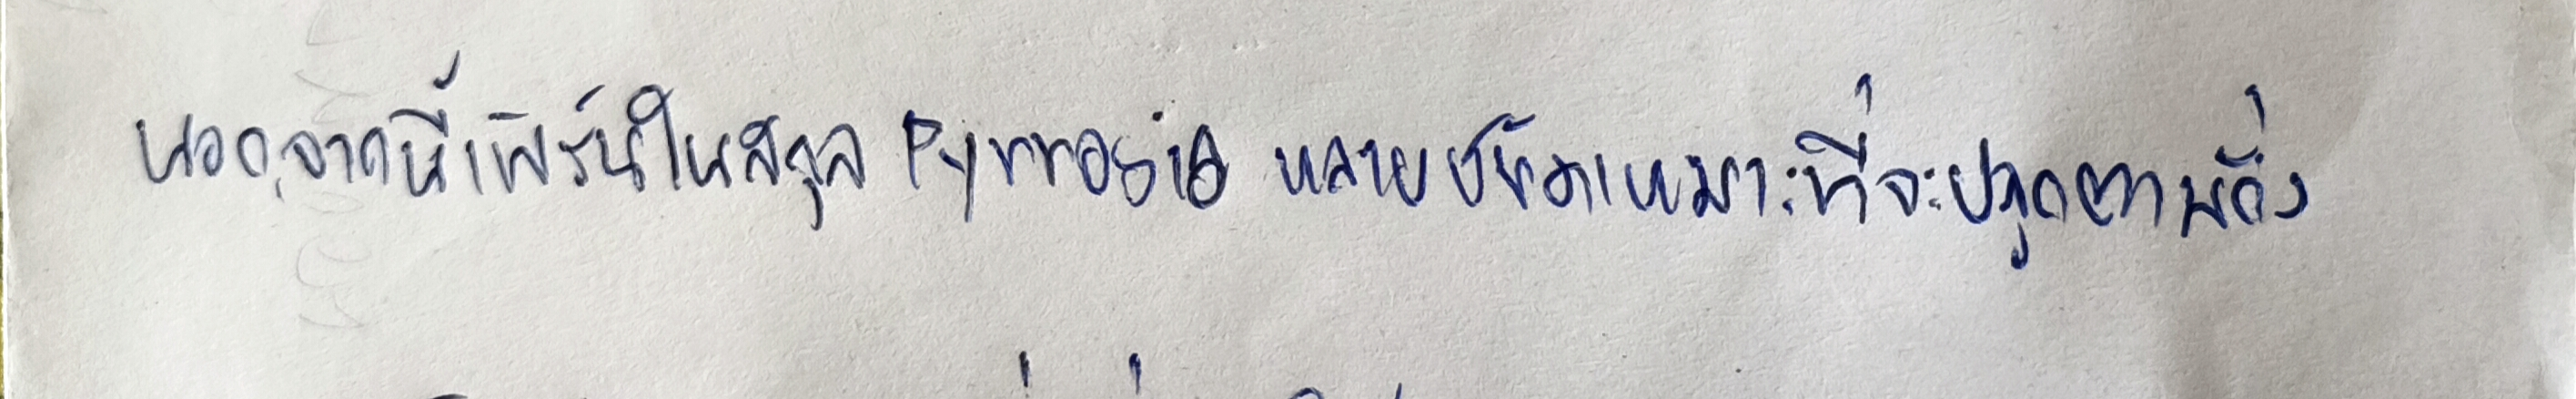
นอกจากนี้เฟิร์นในสกุลPyrrosiaหลายชนิดเหมาะที่จะปลูกตามกิ่ง